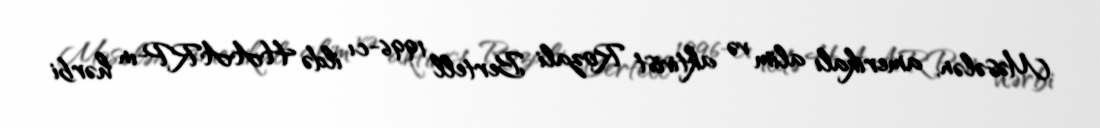
Məsələn, amerikalı alim və aktivist Rozali Bertell 1996-cı ildə HAARP-ın hərbi